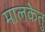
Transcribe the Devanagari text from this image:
मालकेतु